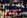
سيدي